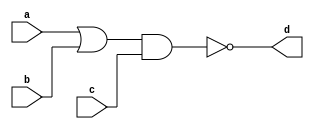
`timescale 1ns / 1ps
//////////////////////////////////////////////////////////////////////////////////
// Company: 
// Engineer: 
// 
// Design Name: 
// Module Name: demog4
// Project Name: 
// Target Devices: 
// Tool Versions: 
// Description: 
// 
// Dependencies: 
// 
// Revision:
// Revision 0.01 - File Created
// Additional Comments:
// 
//////////////////////////////////////////////////////////////////////////////////


module demog4(
    input a,b,c,
    output d
    );
    assign d = ~((a|b)&c); 
endmodule